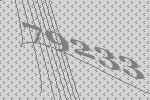
79233